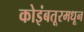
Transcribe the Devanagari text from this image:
कोइंबतूरमधून